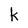
Character: k